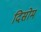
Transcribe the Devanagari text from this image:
दिसोम